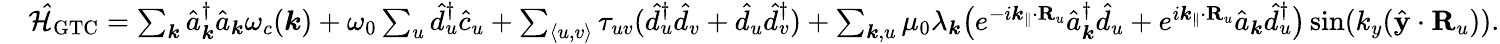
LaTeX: \begin{array}{rl}&{\mathcal{\hat{H}}_{\mathrm{GTC}}=\sum_{{\boldsymbol k}}\hat{a}_{\boldsymbol k}^{\dagger}\hat{a}_{\boldsymbol k}\omega_{c}({\boldsymbol k})+\omega_{0}\sum_{u}\hat{d}_{u}^{\dagger}\hat{c}_{u}+\sum_{\langle u,v\rangle}\tau_{uv}(\hat{d}_{u}^{\dagger}\hat{d}_{v}+\hat{d}_{u}\hat{d}_{v}^{\dagger})+\sum_{{\boldsymbol k},u}\mu_{0}\lambda_{\boldsymbol k}\big(e^{-i{\boldsymbol k_{\parallel}}\cdot{\mathbf R}_{u}}\hat{a}_{{\boldsymbol k}}^{\dagger}\hat{d}_{u}+e^{i{\boldsymbol k_{\parallel}}\cdot{\mathbf R}_{u}}\hat{a}_{{\boldsymbol k}}\hat{d}_{u}^{\dagger}\big)\sin({k_{y}}(\hat{\mathbf y}\cdot{\mathbf R}_{u})).}\end{array}